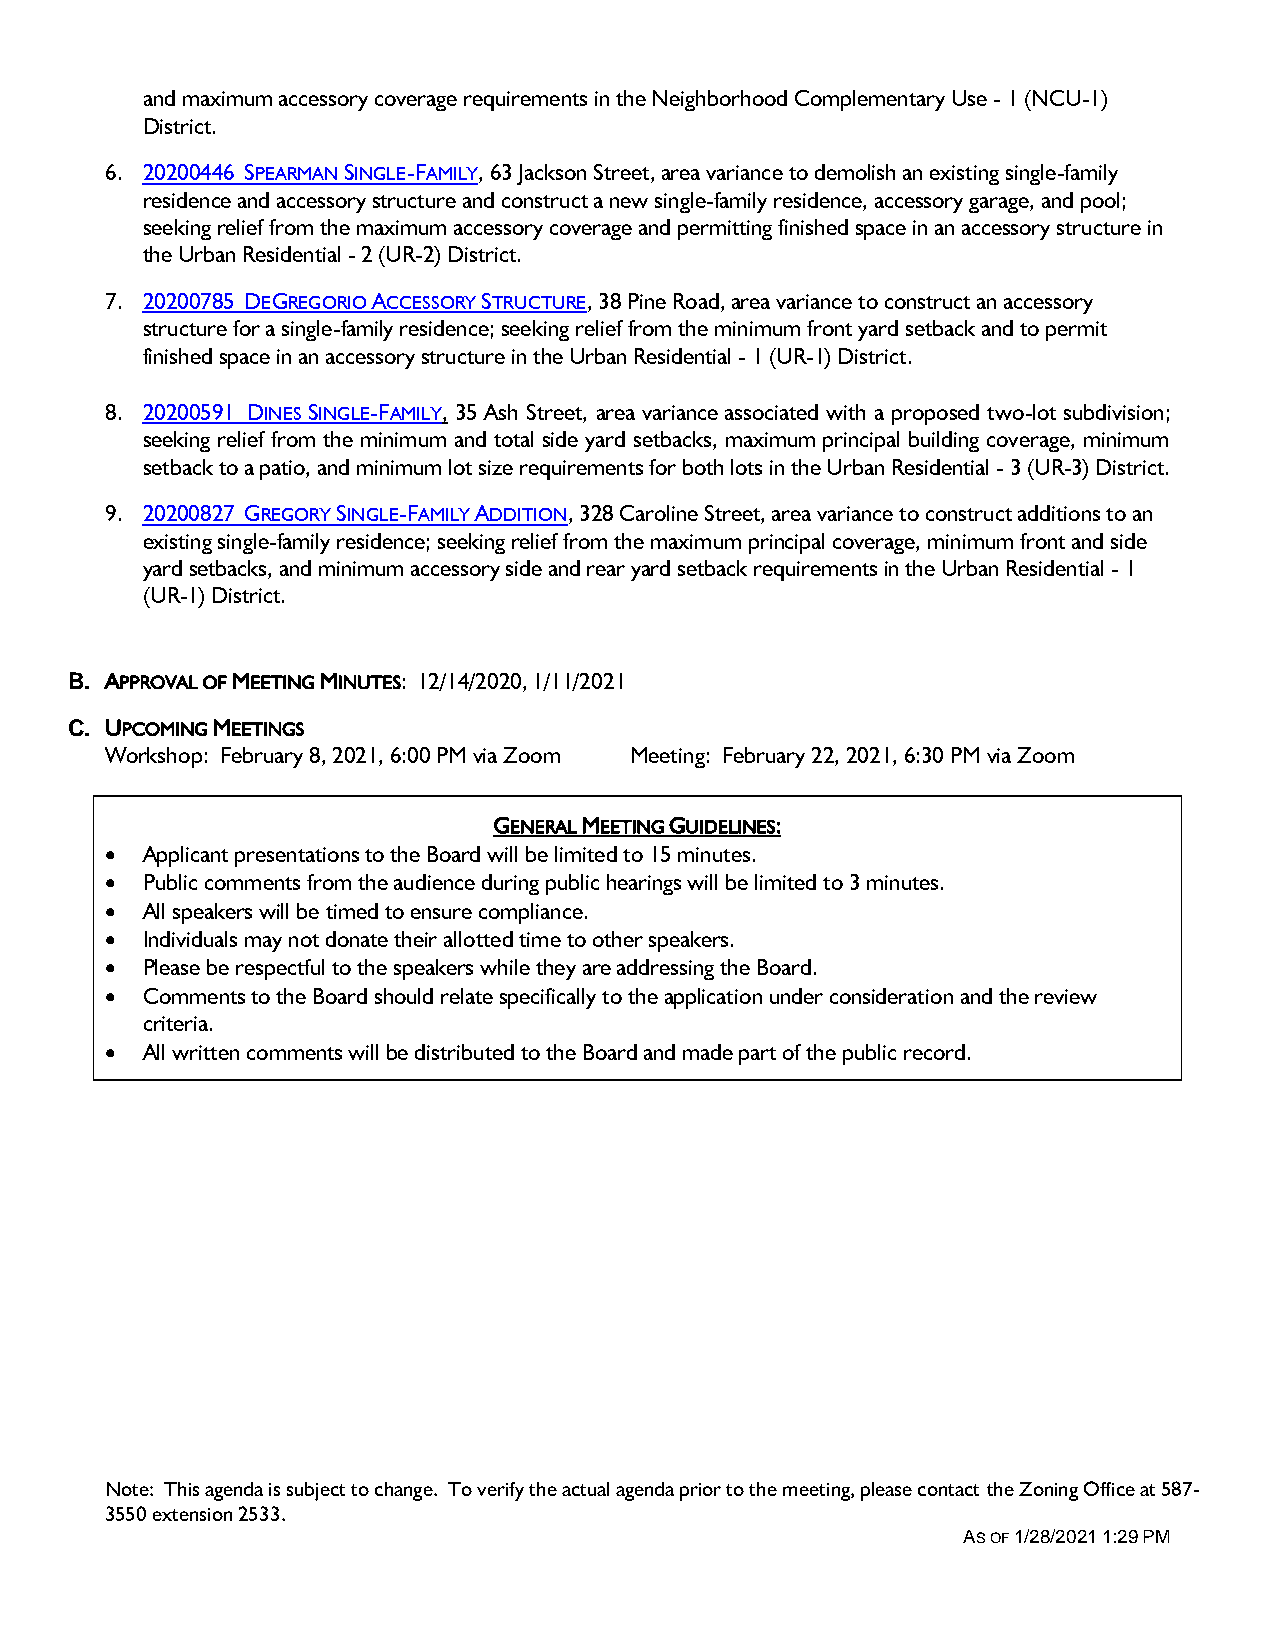
and maximum accessory coverage requirements in the Neighborhood Complementary Use - 1 (NCU-1)
 District.
 6. 20200446 SPEARMAN SINGLE-FAMILY, 63 Jackson Street, area variance to demolish an existing single-family
 residence and accessory structure and construct a new single-family residence, accessory garage, and pool;
 seeking relief from the maximum accessory coverage and permitting finished space in an accessory structure in
 the Urban Residential - 2 (UR-2) District.
 7. 20200785 DEGREGORIO ACCESSORY STRUCTURE, 38 Pine Road, area variance to construct an accessory
 structure for a single-family residence; seeking relief from the minimum front yard setback and to permit
 finished space in an accessory structure in the Urban Residential - 1 (UR-1) District.
 8. 20200591 DINES SINGLE-FAMILY, 35 Ash Street, area variance associated with a proposed two-lot subdivision;
 seeking relief from the minimum and total side yard setbacks, maximum principal building coverage, minimum
 setback to a patio, and minimum lot size requirements for both lots in the Urban Residential - 3 (UR-3) District.
 9. 20200827 GREGORY SINGLE-FAMILY ADDITION, 328 Caroline Street, area variance to construct additions to an
 existing single-family residence; seeking relief from the maximum principal coverage, minimum front and side
 yard setbacks, and minimum accessory side and rear yard setback requirements in the Urban Residential - 1
 (UR-1) District.
 B. APPROVAL OF MEETING MINUTES: 12/14/2020, 1/11/2021
 C. UPCOMING MEETINGS
 Workshop: February 8, 2021, 6:00 PM via Zoom Meeting: February 22, 2021, 6:30 PM via Zoom
 GENERAL MEETING GUIDELINES:
  Applicant presentations to the Board will be limited to 15 minutes.
  Public comments from the audience during public hearings will be limited to 3 minutes.
  All speakers will be timed to ensure compliance.
  Individuals may not donate their allotted time to other speakers.
  Please be respectful to the speakers while they are addressing the Board.
  Comments to the Board should relate specifically to the application under consideration and the review
 criteria.
  All written comments will be distributed to the Board and made part of the public record.
 Note: This agenda is subject to change. To verify the actual agenda prior to the meeting, please contact the Zoning Office at 587-
 3550 extension 2533.
 AS OF 1/28/2021 1:29 PM